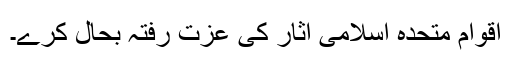
اقوام متحدہ اسلامی آثار کی عزت رفتہ بحال کرے۔